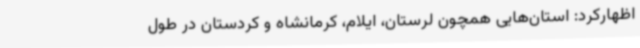
اظهارکرد: استان‌هایی همچون لرستان، ایلام، کرمانشاه و کردستان در طول